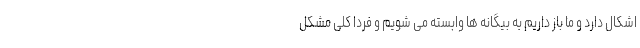
اشکال دارد و ما باز داریم به بیگانه ها وابسته می شویم و فردا کلی مشکل